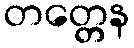
တတ္တေန